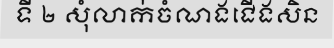
ទី ២ សុំលាក់ចំណងជើងសិន